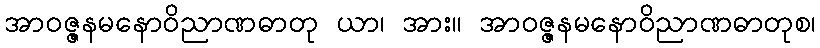
အာဝဇ္ဇနမနောဝိညာဏဓာတု ယာ၊ အား။ အာဝဇ္ဇနမနောဝိညာဏဓာတုစ၊